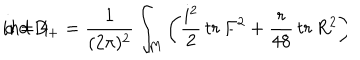
i n d \, D _ { + } = \frac { 1 } { ( 2 \pi ) ^ { 2 } } \int _ { M } \left( \frac { i ^ { 2 } } { 2 } \, t r \, F ^ { 2 } + \frac { r } { 4 8 } \, t r \, R ^ { 2 } \right) \hspace { 2 c m } d = 4